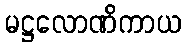
မဋ္ဌလောဏိကာယ